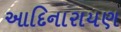
આદિનારાયણ